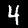
Label: 4